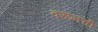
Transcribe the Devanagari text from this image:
वरूनची